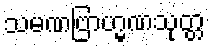
သမဏဗြာဟ္မဏသုတ္တ